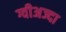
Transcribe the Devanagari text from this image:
ग्वीअज्दा